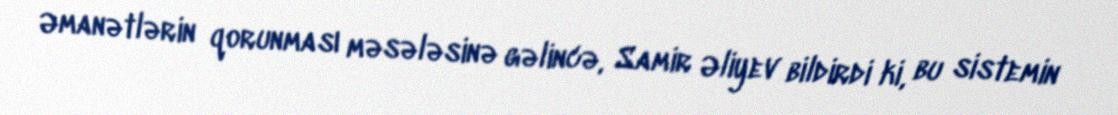
Əmanətlərin qorunması məsələsinə gəlincə, Samir Əliyev bildirdi ki, bu sistemin